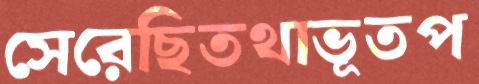
সেরেছিতথাভূতপ